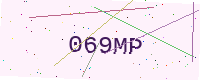
Text: 069MP